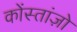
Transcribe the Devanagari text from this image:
कोंस्तांज़ो